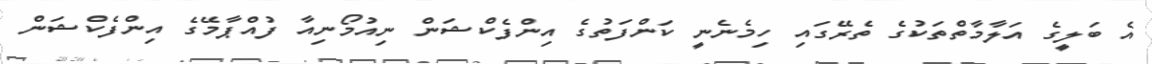
އެ ބަލީގެ އަލާމާތްތަކުގެ ތެރޭގައި ހިމެނެނީ ކަންފަތުގެ އިންފެކްޝަން ނިއުމޯނިއާ ފުއްޕާމޭގެ އިންފެކްޝަން